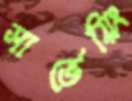
সার্ভেয়িং